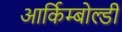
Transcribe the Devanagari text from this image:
आर्किम्बोल्डी